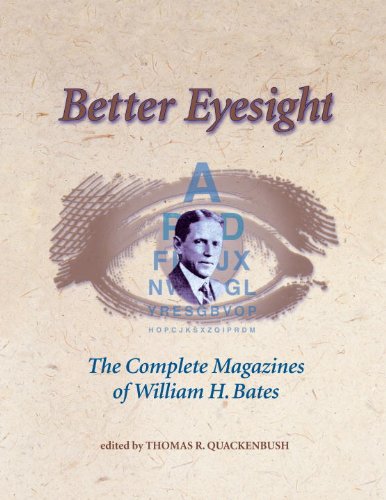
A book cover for Better Eyesight: The Complete Magazines of William H. Bates; Medical Books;